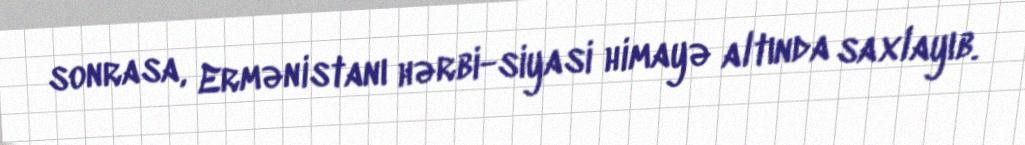
sonrasa, Ermənistanı hərbi-siyasi himayə altında saxlayıb.